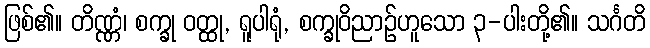
ဖြစ်၏။ တိဏ္ဏံ၊ စက္ခု ဝတ္ထု, ရူပါရုံ, စက္ခုဝိညာဉ်ဟူသော ၃-ပါးတို့၏။ သင်္ဂတိ